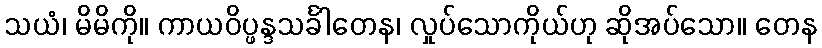
သယံ၊ မိမိကို။ ကာယဝိပ္ဖန္ဒသင်္ခါတေန၊ လှုပ်သောကိုယ်ဟု ဆိုအပ်သော။ တေန